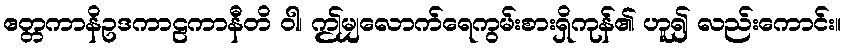
ဧတ္တကာနိဥဒကာဠကာနီတိ ဝါ၊ ဤမျှလောက်ရေကွမ်းစားရှိကုန်၏ ဟူ၍ လည်းကောင်း။